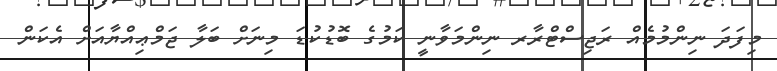
މިފަދަ ނިންމުމެއް ރަޖިސްޓްރާރ ނިންމަވާނީ ކަމުގެ ބޮޑުކުޑަ މިނަށް ބަލާ ޖަމްޢިއްޔާއަށް އެކަން